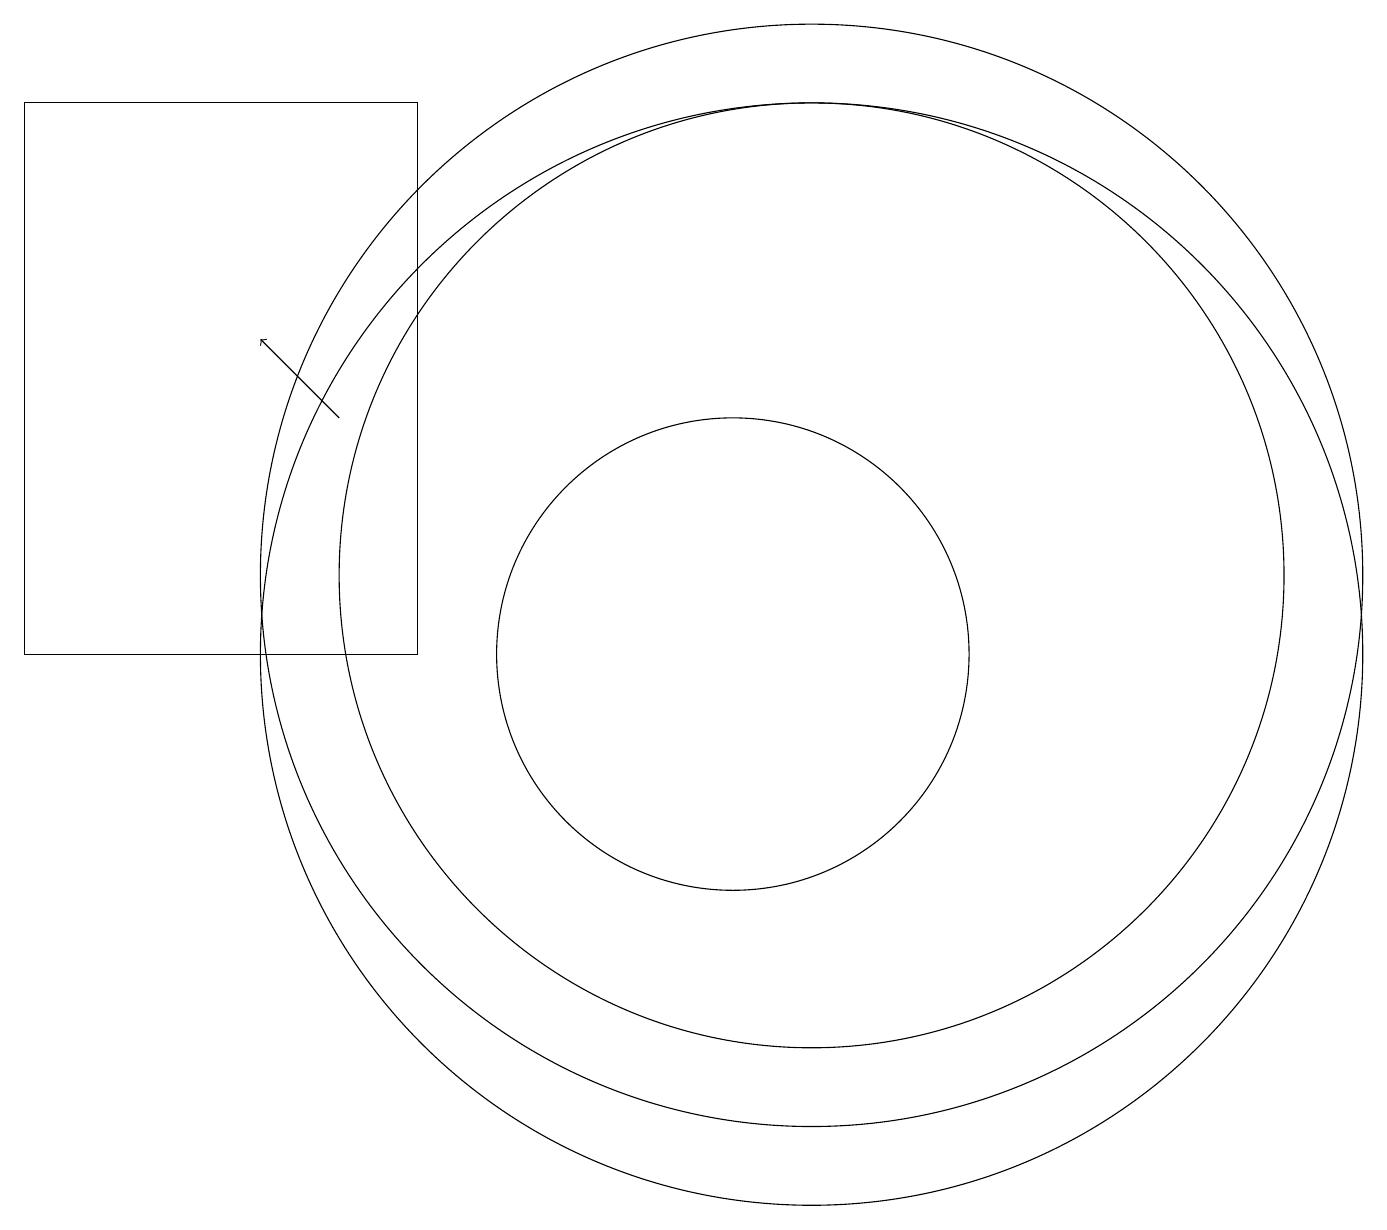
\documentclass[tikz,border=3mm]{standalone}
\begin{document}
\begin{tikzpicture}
\draw[->] (5,13) -- (4,14);
\draw (6,17) rectangle (1,10);
\draw (11,10) circle (7);
\draw (11,11) circle (6);
\draw (10,10) circle (3);
\draw (11,11) circle (7);
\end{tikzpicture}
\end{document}